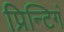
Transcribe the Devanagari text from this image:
प्रिन्टिगं